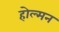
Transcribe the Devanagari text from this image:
होल्मन